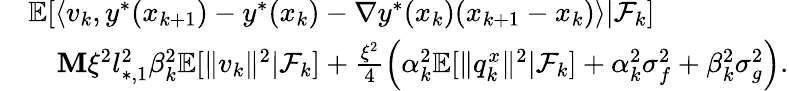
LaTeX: \begin{array}{rl}&{\mathbb{E}[\langle v_{k},y^{*}(x_{k+1})-y^{*}(x_{k})-\nabla y^{*}(x_{k})(x_{k+1}-x_{k})\rangle|\mathcal{F}_{k}]}\\ &{\quad\le M\xi^{2}l_{*,1}^{2}\beta_{k}^{2}\mathbb{E}[\| v_{k}\| ^{2}|\mathcal{F}_{k}]+\frac{\xi^{2}}{4}\left(\alpha_{k}^{2}\mathbb{E}[\| q_{k}^{x}\| ^{2}|\mathcal{F}_{k}]+\alpha_{k}^{2}\sigma_{f}^{2}+\beta_{k}^{2}\sigma_{g}^{2}\right).}\end{array}